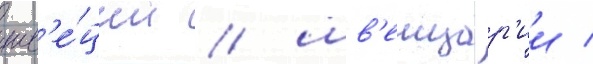
шв'е́ции / шв'еицар'ии /